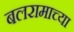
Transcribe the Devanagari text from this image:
बलरामाच्या